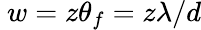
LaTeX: ~w=z\theta_{f}=z\lambda/d